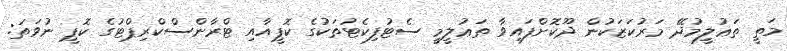
މަތީ ތަޢުލީމުދޭ މަރުކަޒަކުން ދޫކޮށްފައިވާ ތަޢުލީމީ ސެޓުފިކެޓުތަކުގެ ކޮޕީއާއި ޓްރާންސްކްރިޕްޓުގެ ކޮޕީ ނުވަތަ: